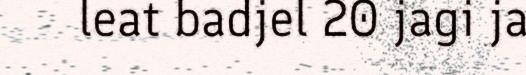
leat badjel 20 jagi ja